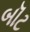
બૉટ